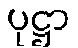
ပုဋ္ဌာ